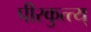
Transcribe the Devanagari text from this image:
पीरकुत्त्य्